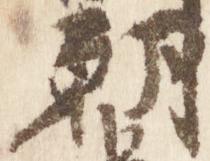
朝